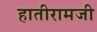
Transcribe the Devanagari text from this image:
हातीरामजी